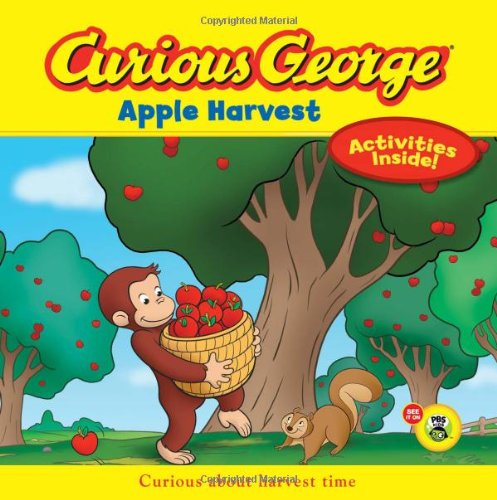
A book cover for Curious George Apple Harvest (CGTV 8x8); H. A. Rey; Children's Books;